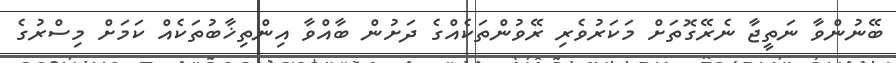
ބޭނުންވާ ނަތީޖާ ނެރޭގޮތަށް މަކަރުވެރި ރޭވުންތަކެއްގެ ދަށުން ބާއްވާ އިންތިޚާބުތަކެއް ކަމަށް މިސްރުގެ